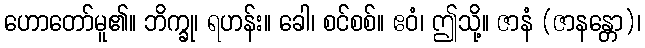
ဟောတော်မူ၏။ ဘိက္ခု၊ ရဟန်း။ ခေါ၊ စင်စစ်။ ဧဝံ၊ ဤသို့။ ဇာနံ (ဇာနန္တော)၊